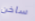
ساخن